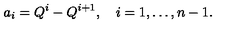
a _ { i } = Q ^ { i } - Q ^ { i + 1 } , \quad i = 1 , \ldots , n - 1 .